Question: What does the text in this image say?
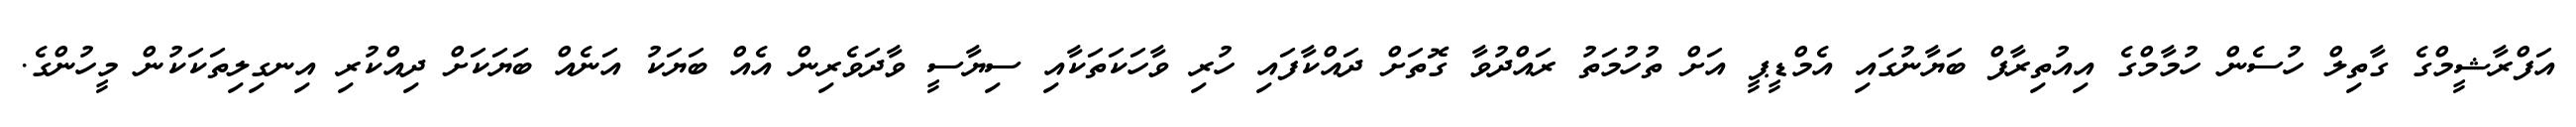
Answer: އަފްރާޝީމްގެ ގާތިލް ހުސެން ހުމާމްގެ އިއުތިރާފް ބަޔާނުގައި އެމްޑީޕީ އަށް ތުހުމަތު ރައްދުވާ ގޮތަށް ދައްކާފައި ހުރި ވާހަކަތަކާއި ސިޔާސީ ވާދަވެރިން އެއް ބަޔަކު އަނެއް ބަޔަކަށް ދިއްކުރި އިނގިލިތަކަކުން މީހުންގެ.